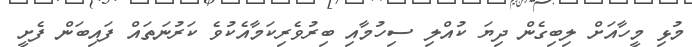
މުޅި މީހާއަށް ލިބިގެން ދިޔަ ކުއްލި ސިހުމާއި ބިރުވެރިކަމާއެކުވެ ކަރުނަތައް ފައިބަން ފެށީ